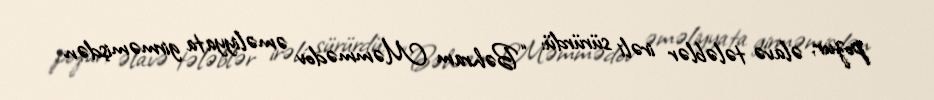
pozur, əlavə tələblər irəli sürürdü: “Bəhram Məmmədov əməliyyata girməmişdən